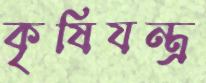
কৃষিযন্ত্র